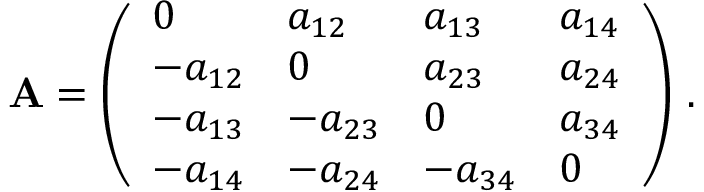
\mathbf { A } = \left( \begin{array} { l l l l } { 0 } & { a _ { 1 2 } } & { a _ { 1 3 } } & { a _ { 1 4 } } \\ { - a _ { 1 2 } } & { 0 } & { a _ { 2 3 } } & { a _ { 2 4 } } \\ { - a _ { 1 3 } } & { - a _ { 2 3 } } & { 0 } & { a _ { 3 4 } } \\ { - a _ { 1 4 } } & { - a _ { 2 4 } } & { - a _ { 3 4 } } & { 0 } \end{array} \right) \, .